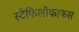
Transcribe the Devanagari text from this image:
स्टैफिलोकाकस